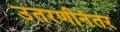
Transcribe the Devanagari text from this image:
उतरणीनंतर